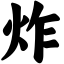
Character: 炸